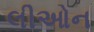
લીઓન